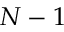
N - 1